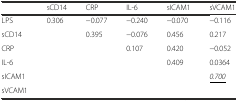
|  | sCD14 | CRP | IL-6 | sICAM1 | sVCAM1 |
 | --- | --- | --- | --- | --- | --- |
 | LPS | 0.306 | −0.077 | −0.240 | −0.070 | −0.116 |
 | sCD14 |  | 0.395 | −0.076 | 0.456 | 0.217 |
 | CRP |  |  | 0.107 | 0.420 | −0.052 |
 | IL-6 |  |  |  | 0.409 | 0.0364 |
 | sICAM1 |  |  |  |  | <underline>0.700</underline> |
 | sVCAM1 |  |  |  |  |  |